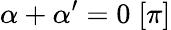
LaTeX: \alpha+\alpha^{\prime}=0\; [\pi]